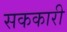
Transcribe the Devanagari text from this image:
सककारी